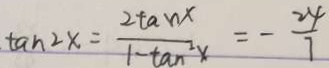
\tan 2 x = \frac { 2 \tan x } { 1 - \tan ^ { 2 } x } = - \frac { 2 4 } { 7 }